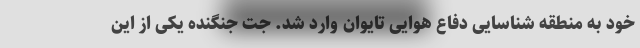
خود به منطقه شناسایی دفاع هوایی تایوان وارد شد. جت جنگنده یکی از این